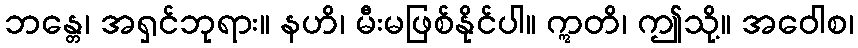
ဘန္တေ၊ အရှင်ဘုရား။ နဟိ၊ မီးမဖြစ်နိုင်ပါ။ ဣတိ၊ ဤသို့။ အဝေါစ၊